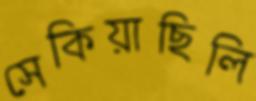
সেকিয়াছিলি